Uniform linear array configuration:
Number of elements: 8
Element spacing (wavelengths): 0.25
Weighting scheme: cosine
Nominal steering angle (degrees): -60
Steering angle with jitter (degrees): -58.141
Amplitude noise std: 0.05
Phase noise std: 0.05

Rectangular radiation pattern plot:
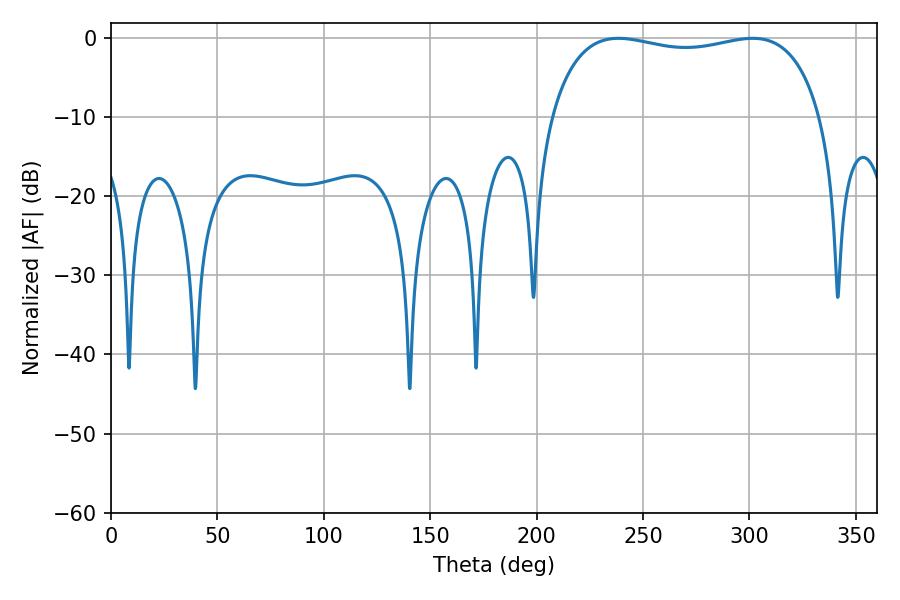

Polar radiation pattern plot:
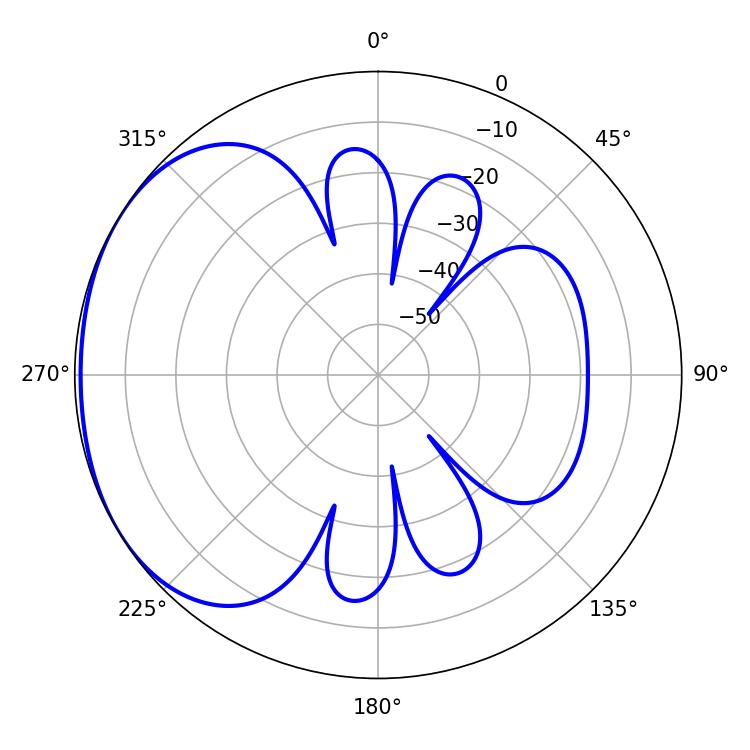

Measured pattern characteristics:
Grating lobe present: FALSE
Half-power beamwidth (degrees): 103.32
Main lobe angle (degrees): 238.5